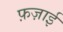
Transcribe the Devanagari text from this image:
फ़ज़ाई